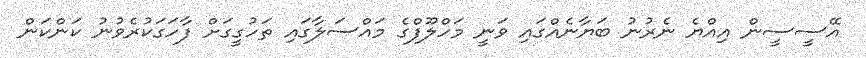
އޭސީސީން އިއްޔެ ނެރުނު ބަޔާނެއްގައި ވަނީ މަހްލޫފްގެ މައްސަލާގައި ތަހުގީގަށް ފާހަގަކުރެވުނު ކަންކަން